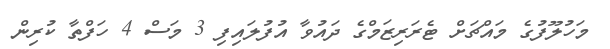
މަހުލޫފުގެ މައްޗަށް ޓެރަރިޒަމްގެ ދައުވާ އުފުލައިފި 3 މަސް 4 ހަފްތާ ކުރިން